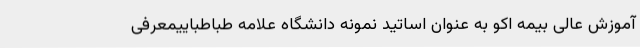
آموزش عالی بیمه اکو به عنوان اساتید نمونه دانشگاه علامه طباطباییمعرفی